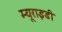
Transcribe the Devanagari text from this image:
म्यूराइडी